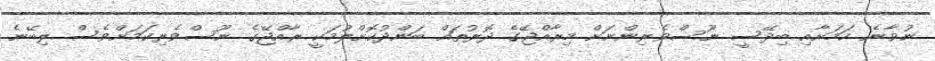
ނުވާނެ ކަމަށާއި ބިދޭސީ ނޫސްވެރިންނަށް މިރާއްޖޭގެ ދޮރުތައް ބަންދުކޮށްލުމަކީ ރާއްޖޭގެ ނޫސްވެރިކަމަށްވެސް ލިބޭނެ